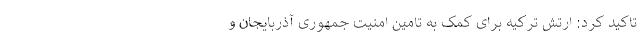
تاکید کرد: ارتش ترکیه برای کمک به تامین امنیت جمهوری آذربایجان و